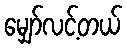
မျှော်လင့်တယ်